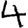
Digit: 4